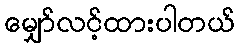
မျှော်လင့်ထားပါတယ်